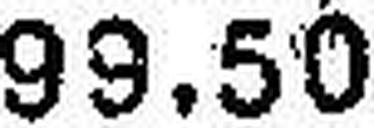
99.50